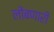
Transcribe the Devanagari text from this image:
लोंबणारी